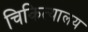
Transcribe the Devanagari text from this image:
चिकित्यालय